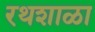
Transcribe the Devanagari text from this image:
रथशाळा